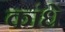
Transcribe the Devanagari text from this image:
कांधे